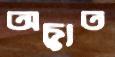
অচ্যুত